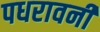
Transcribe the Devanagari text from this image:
पधरावनी